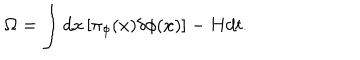
LaTeX: \Omega = \int d x \left[ \pi _ { \phi } ( x ) \delta \phi ( x ) \right] - H d t .